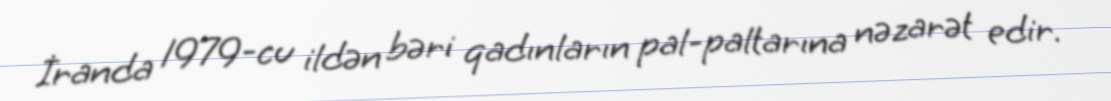
İranda 1979-cu ildən bəri qadınların pal-paltarına nəzarət edir.